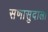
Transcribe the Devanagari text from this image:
सणासुदाला